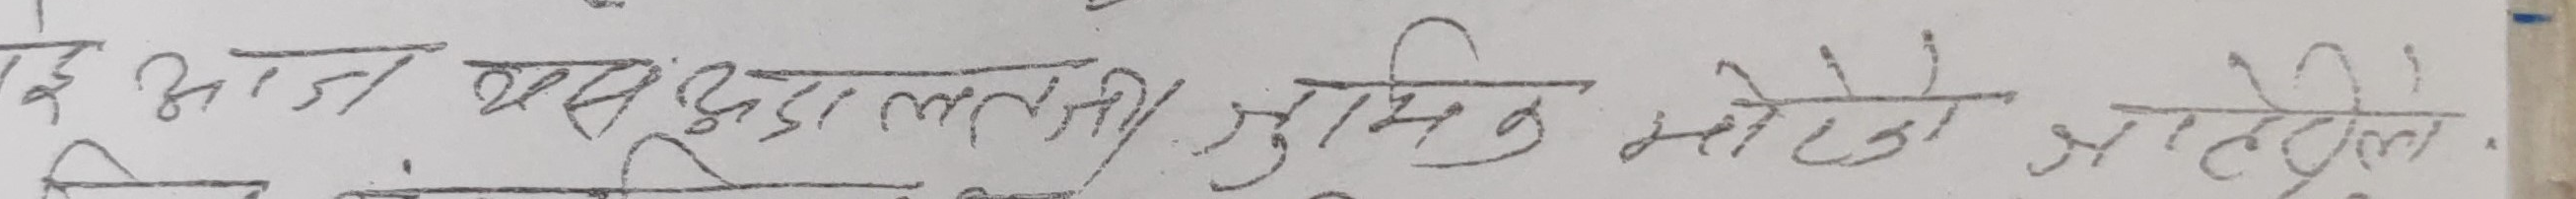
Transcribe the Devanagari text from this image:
इ आज यस क्षेत्रान्तर्गत सुनिभक मोटेलहरु नहेरेको